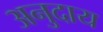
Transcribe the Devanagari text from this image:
अनुदाय